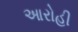
આરોહી